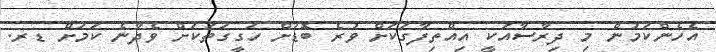
އެހެންކަމުން މި ދިރާސާއަކީ އިއްތިފާގަކަށް ވުރެ ބޮޑަށް ހަގީގަތަކަށް ވެދާނެ ކަމަށް ޑރ.